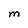
Character: M